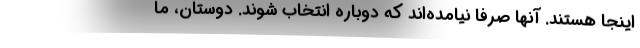
اینجا هستند. آنها صرفا نیامده‌اند که دوباره انتخاب شوند. دوستان، ما